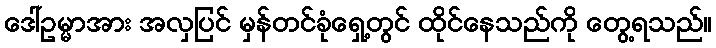
ဒေါ်ဥမ္မာအား အလှပြင် မှန်တင်ခုံရှေ့တွင် ထိုင်နေသည်ကို တွေ့ရသည်။